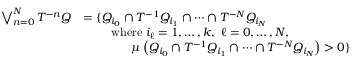
{ \begin{array} { r l } { \bigvee _ { n = 0 } ^ { N } T ^ { - n } Q } & { = \{ Q _ { i _ { 0 } } \cap T ^ { - 1 } Q _ { i _ { 1 } } \cap \cdots \cap T ^ { - N } Q _ { i _ { N } } } \\ & { \qquad { \mathrm { ~ w h e r e ~ } } i _ { \ell } = 1 , \ldots , k , \ \ell = 0 , \ldots , N , \ } \\ & { \qquad \qquad \mu \left( Q _ { i _ { 0 } } \cap T ^ { - 1 } Q _ { i _ { 1 } } \cap \cdots \cap T ^ { - N } Q _ { i _ { N } } \right) > 0 \} } \end{array} }